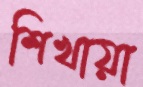
শিখায়া